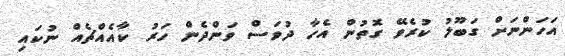
އަހަންނަށް ގަބޫލު ކުރެވޭ ގޮތުން އެހާ ދުވަސް ވަންދެން ހަރު ކާއެއްޗެއް ނުކައި